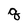
Character: q